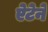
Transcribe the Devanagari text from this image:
ऐटेने